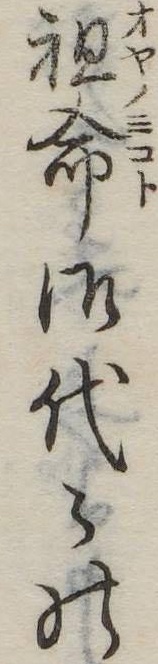
祖命御代の